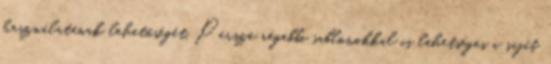
használatának lehetőségét. Persze régebbi sablonokkal is lehetséges a saját